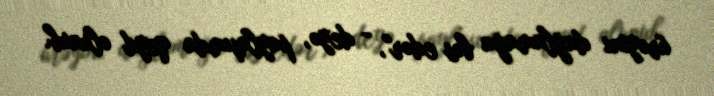
ürəyini dağlamağa bəs edər", - deyə, paylaşımda qeyd olunub.